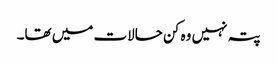
پتہ نہیں وہ کن حالات میں تھا۔